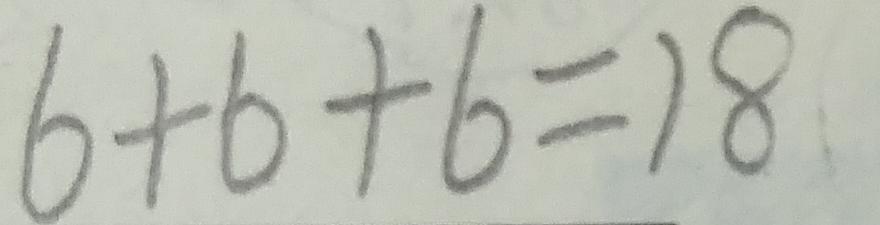
6 + 6 + 6 = 1 8